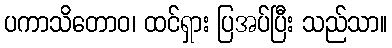
ပကာသိတောဝ၊ ထင်ရှား ပြအပ်ပြီး သည်သာ။